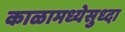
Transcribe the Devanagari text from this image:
काळामध्येसुध्दा